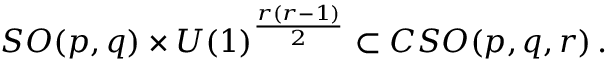
S O ( p , q ) \times U ( 1 ) ^ { \frac { r \left( r - 1 \right) } { 2 } } \subset C S O ( p , q , r ) \, .